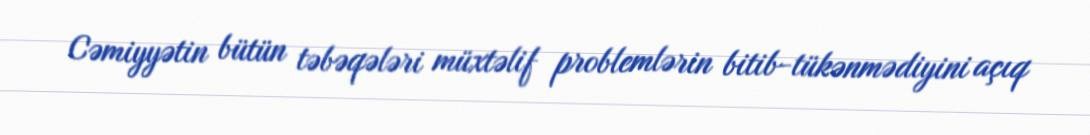
Cəmiyyətin bütün təbəqələri müxtəlif problemlərin bitib-tükənmədiyini açıq